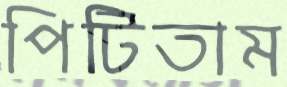
পিটিতাম